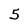
Character: 5